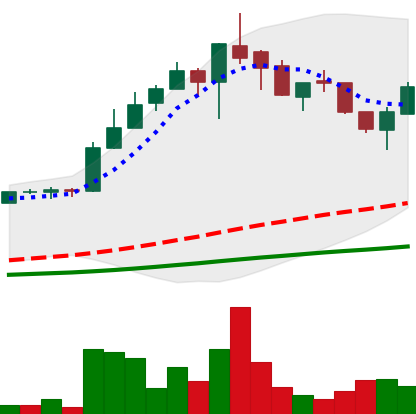
Ticker: LTC-USD
Chart end date: 2017-05-18
Forward return: 13.24%
Label: up_7plus